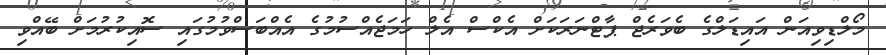
މޯލްޑިވިއަން އައިޑަލްގެ ބެވަރެޖް ޕާޓްނަރަކަށް އެކްސް އެލް ހަމަޖެއްސުމުގެ އެއްބަސްވުމުގައި ސޮއިކުރުމަށް ބޭއްވި